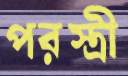
পরস্ত্রী